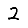
Digit: 2